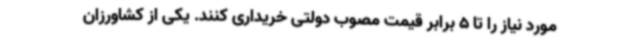
مورد نیاز را تا 5 برابر قیمت مصوب دولتی خریداری کنند. یکی از کشاورزان